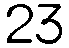
23